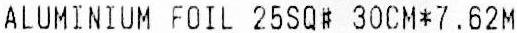
ALUMINIUM FOIL 25SQ# 30CM*7.62M